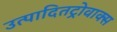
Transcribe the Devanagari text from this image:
उत्पादितट्रोवाक्स